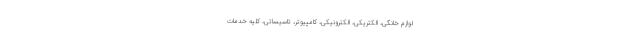
لوازم خانگی، الکتریکی، الکترونیکی، کامپیوتر، تاسیساتی، کلیه خدمات